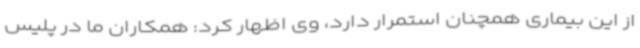
از این بیماری همچنان استمرار دارد، وی اظهار کرد: همکاران ما در پلیس